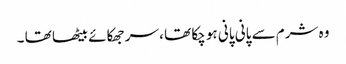
وہ شرم سے پانی پانی ہو چکا تھا ، سر جھکائے بیٹھا تھا ۔